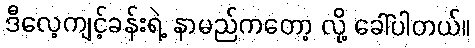
ဒီလေ့ကျင့်ခန်းရဲ့ နာမည်ကတော့ လို့ ခေါ်ပါတယ်။